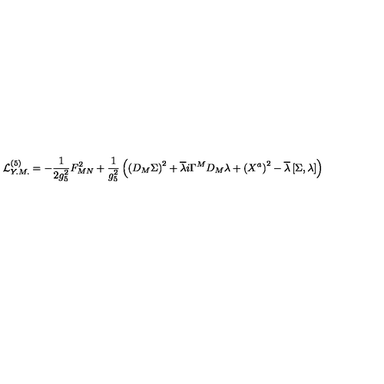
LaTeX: { \cal L } _ { Y . M . } ^ { ( 5 ) } = - \frac { 1 } { 2 g _ { 5 } ^ { 2 } } F _ { M N } ^ { 2 } + \frac { 1 } { g _ { 5 } ^ { 2 } } \left( \left( D _ { M } \Sigma \right) ^ { 2 } + \overline { { \lambda } } i \Gamma ^ { M } D _ { M } \lambda + \left( X ^ { a } \right) ^ { 2 } - \overline { { \lambda } } \left[ \Sigma , \lambda \right] \right)